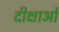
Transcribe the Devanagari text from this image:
दीक्षाओं